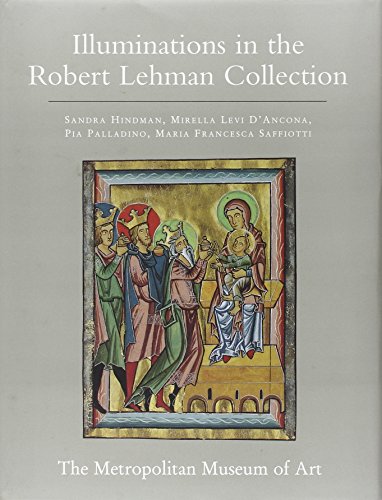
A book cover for The Robert Lehman Collection at the Metropolitan Museum of Art; Sandra Hindman; Arts & Photography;